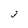
Character: j